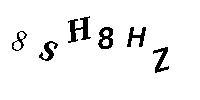
8SH8HZ